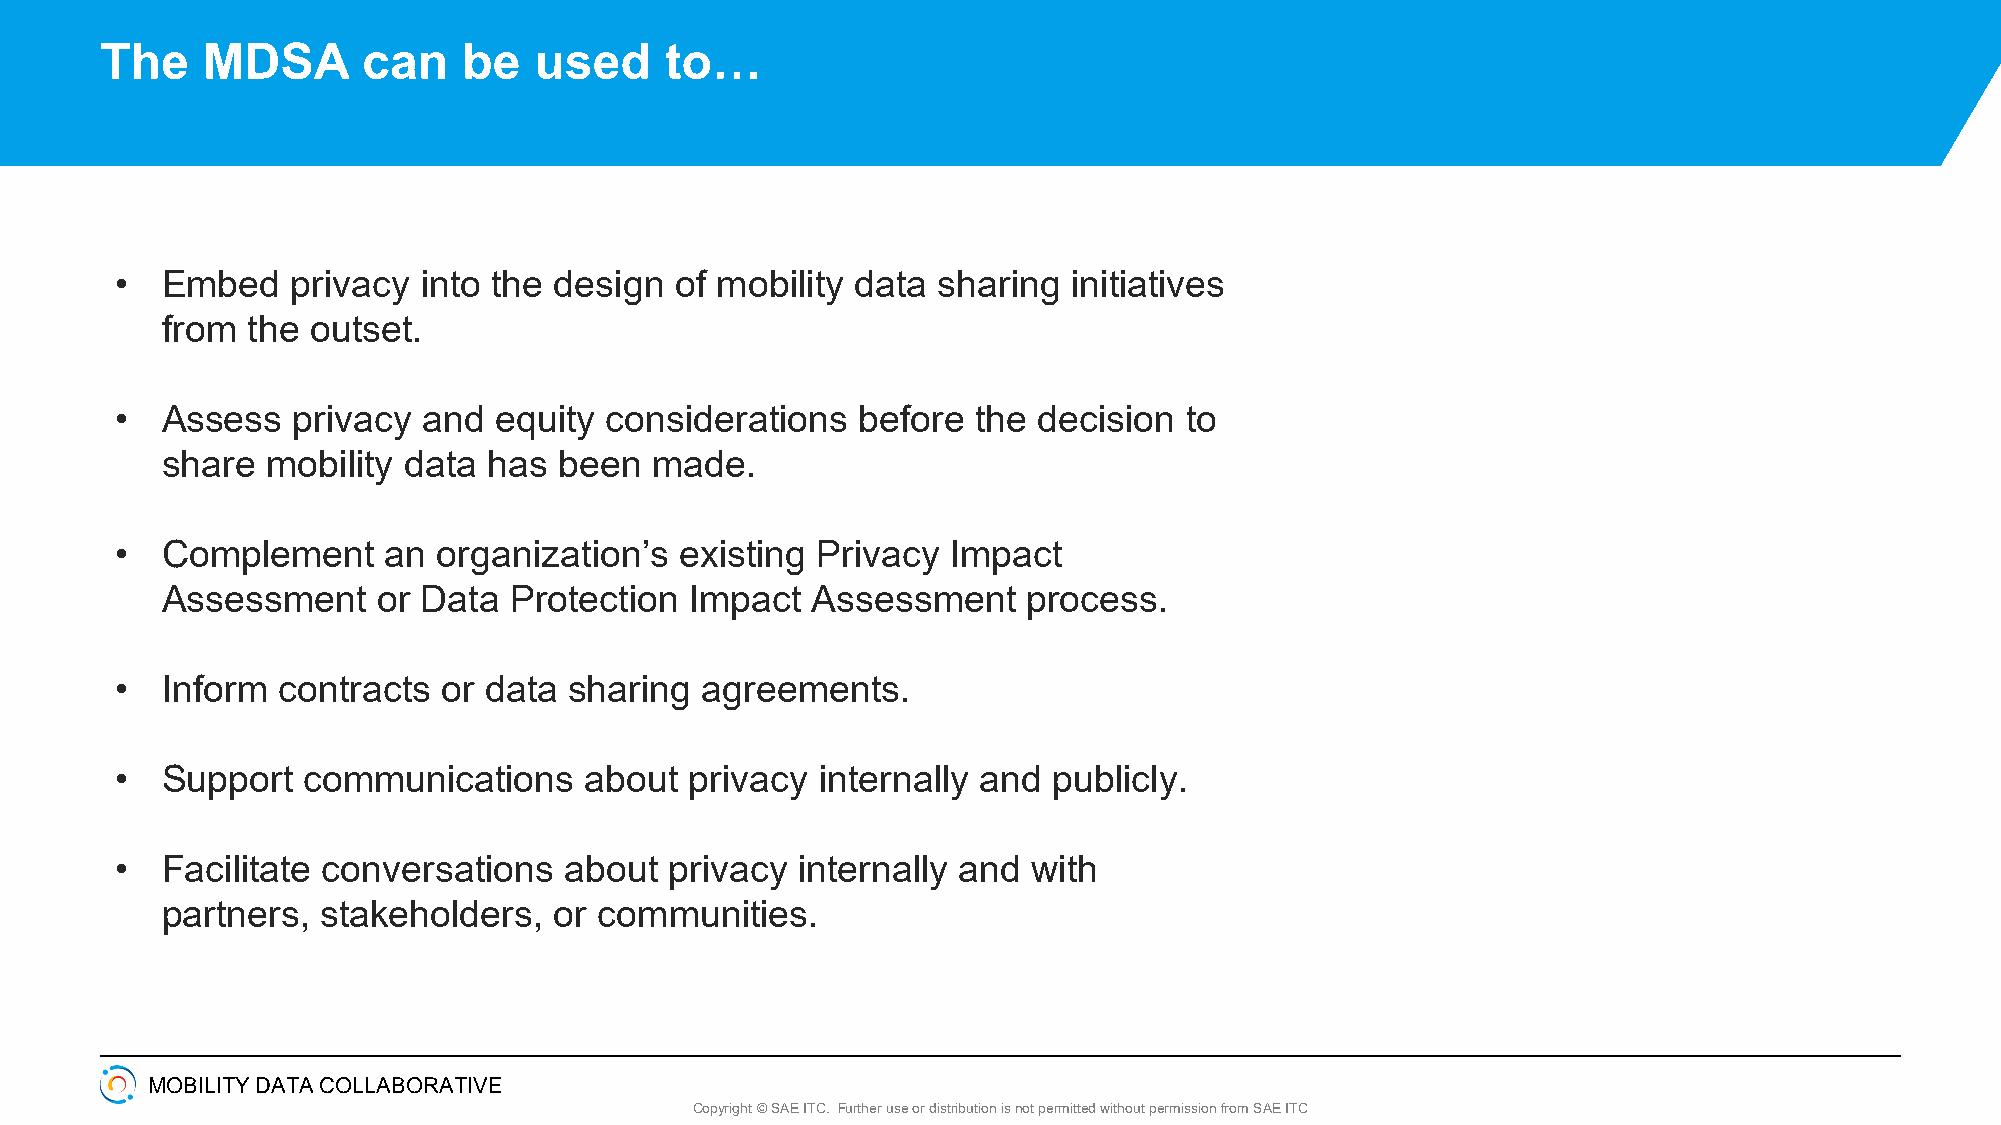
The   MDSA       can    be  used     to…
 •  Embed   privacy  into the design  of mobility data sharing  initiatives
 from the  outset.
 •  Assess  privacy  and  equity considerations   before  the decision to
 share  mobility data has  been  made.
 •  Complement    an  organization’s  existing Privacy  Impact
 Assessment    or Data  Protection  Impact  Assessment    process.
 •  Inform contracts  or data  sharing agreements.
 •  Support  communications     about  privacy internally and  publicly.
 •  Facilitate conversations  about  privacy  internally and with
 partners, stakeholders,   or communities.
 MOBILITY DATA COLLABORATIVE
 Copyright © SAE ITC. Further use or distribution is not permitted without permission from SAE ITC